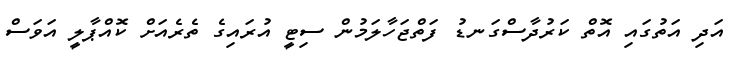
އަދި އަތުގައި އޮތް ކަރުދާސްގަނޑު ފަތްޖަހާލަމުން ސިޓީ އުރައިގެ ތެރެއަށް ކޮއްޕާލީ އަވަސް